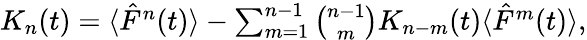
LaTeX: \begin{array}{r}{K_{n}(t)=\langle\hat{F}^{n}(t)\rangle-\sum_{m=1}^{n-1}{\binom{n-1}{m}}K_{n-m}(t)\langle\hat{F}^{m}(t)\rangle,}\end{array}